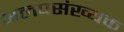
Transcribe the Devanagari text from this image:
अलपसंख्यक